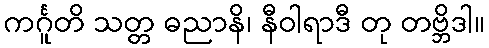
ကင်္ဂူတိ သတ္တ ဓညာနိ၊ နီဝါရာဒီ တု တဗ္ဘိဒါ။